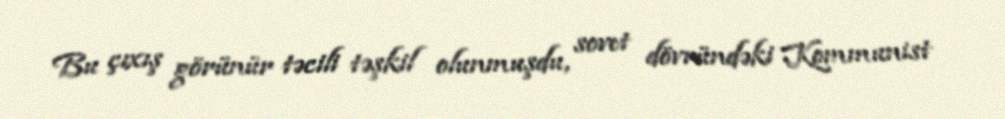
Bu çıxış görünür təcili təşkil olunmuşdu, sovet dövründəki Kommunist